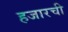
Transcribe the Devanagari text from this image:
हजारची